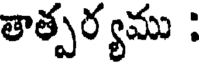
తాత్పర్యము :